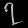
Digit: ၇